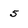
Character: 5